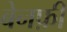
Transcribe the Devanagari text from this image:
बेनफ़ी